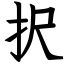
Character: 択